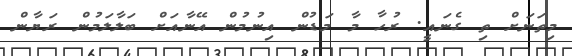
މިތަނަށް ތި ގެނައީ. ރުހާ މާ މަޑުން އިނުމުން އޭނާއަށް ބަލާލަމުން ރަޔާން